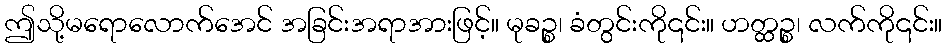
ဤသို့မရောလောက်အေင် အခြင်းအရာအားဖြင့်။ မုခဉ္စ၊ ခံတွင်းကို၎င်း။ ဟတ္ထဉ္စ၊ လက်ကို၎င်း။